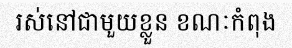
រស់នៅជាមួយខ្លួន ខណៈកំពុង